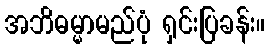
အဘိဓမ္မာမည်ပုံ ရှင်းပြခန်း။